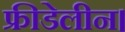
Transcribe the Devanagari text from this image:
फ्रीडेलीन।